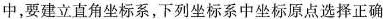
中，要建立直角坐标系，下列坐标系中坐标原点选择正确